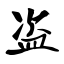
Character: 盗